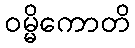
ဝမ္မိကောတိ